Proceedings of the meeting of veterinary officers in India
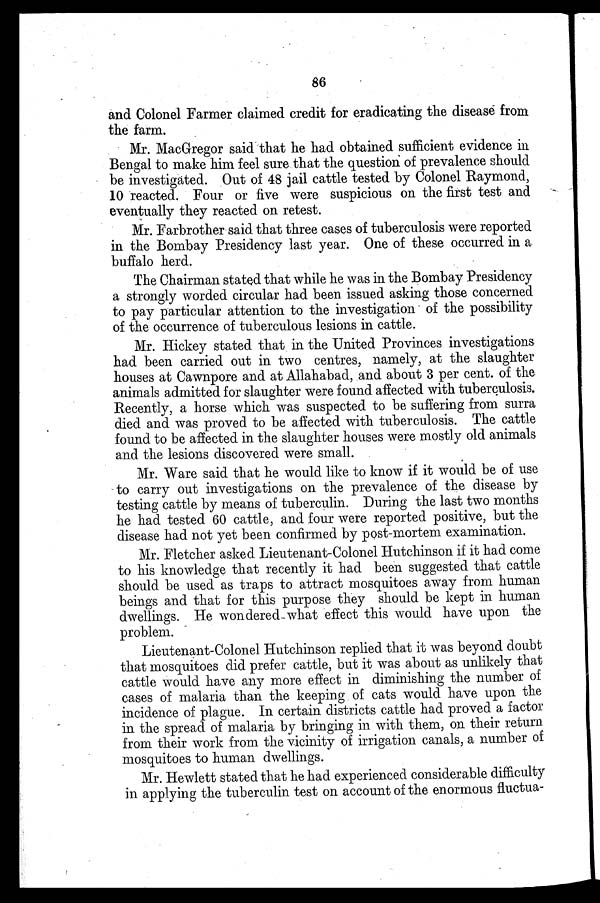
86
and Colonel Farmer claimed credit for eradicating the disease from
the farm.
Mr. MacGregor said that he had obtained sufficient evidence in
Bengal to make him feel sure that the question of prevalence should
be investigated. Out of 48 jail cattle tested by Colonel Raymond,
10 reacted. Four or five were suspicious on the first test and
eventually they reacted on retest.
Mr. Farbrother said that three cases of tuberculosis were reported
in the Bombay Presidency last year. One of these occurred in a
buffalo herd.
The Chairman stated that while he was in the Bombay Presidency
a strongly worded circular had been issued asking those concerned
to pay particular attention to the investigation of the possibility
of the occurrence of tuberculous lesions in cattle.
Mr. Hickey stated that in the United Provinces investigations
had been carried out in two centres, namely, at the slaughter
houses at Cawnpore and at Allahabad, and about 3 per cent. of the
animals admitted for slaughter were found affected with tuberculosis.
Recently, a horse which was suspected to be suffering from surra
died and was proved to be affected with tuberculosis. The cattle
found to be affected in the slaughter houses were mostly old animals
and the lesions discovered were small.
Mr. Ware said that he would like to know if it would be of use
to carry out investigations on the prevalence of the disease by
testing cattle by means of tuberculin. During the last two months
he had tested 60 cattle, and four were reported positive, but the
disease had not yet been confirmed by post-mortem examination.
Mr. Fletcher asked Lieutenant-Colonel Hutchinson if it had come
to his knowledge that recently it had been suggested that cattle
should be used as traps to attract mosquitoes away from human
beings and that for this purpose they should be kept in human
dwellings. He wondered what effect this would have upon the
problem.
Lieutenant-Colonel Hutchinson replied that it was beyond doubt
that mosquitoes did prefer cattle, but it was about as unlikely that
cattle would have any more effect in diminishing the number of
cases of malaria than the keeping of cats would have upon the
incidence of plague. In certain districts cattle had proved a factor
in the spread of malaria by bringing in with them, on their return
from their work from the vicinity of irrigation canals, a number of
mosquitoes to human dwellings.
Mr. Hewlett stated that he had experienced considerable difficulty
in applying the tuberculin test on account of the enormous fluctua-